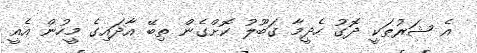
އެ ޝަރުޠަކީ ދޮގު ހެދީމާ ގަބޫލު ކޮށްގެން ތިބޭ އާދައިގެ މީހުން އެއީ